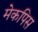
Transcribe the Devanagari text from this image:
मेकपिस